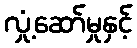
လှုံ့ဆော်မှုနှင့်